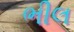
ભીલ